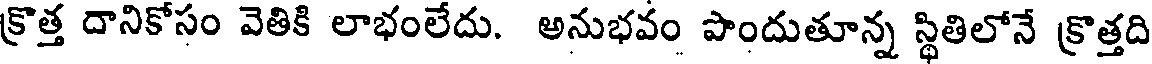
క్రొత్త దానికోసం వెతికి లాభంలేదు. అనుభవం పొందుతూన్న స్థితిలోనే క్రొత్తది